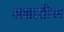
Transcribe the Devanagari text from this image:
अक्षातील